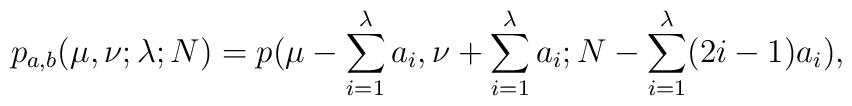
p_{a,b}(\mu , \nu ; \lambda ; N) =p(\mu -\sum_{i=1}^{\lambda } a_i ,  \nu +\sum_{i=1}^{\lambda } a_i ;  N -\sum_{i=1}^{\lambda } (2i-1) a_i ),